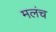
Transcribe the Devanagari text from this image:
मलंच